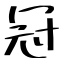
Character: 冠